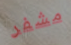
مشفر